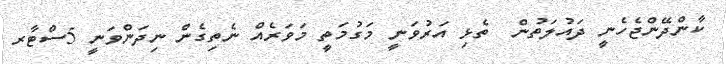
ކާންދޭންޖެހެނީ ދައުލަތުން  ތެޅި އަރުވަނީ މަގުމަތީ މަވަރެއް ނެތިގެން ނިދަންވަނީ 5ސްޓާރ